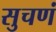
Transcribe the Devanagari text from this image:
सुचणं